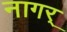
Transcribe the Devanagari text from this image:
नागर्